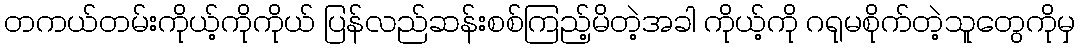
တကယ်တမ်းကိုယ့်ကိုကိုယ် ပြန်လည်ဆန်းစစ်ကြည့်မိတဲ့အခါ ကိုယ့်ကို ဂရုမစိုက်တဲ့သူတွေကိုမှ